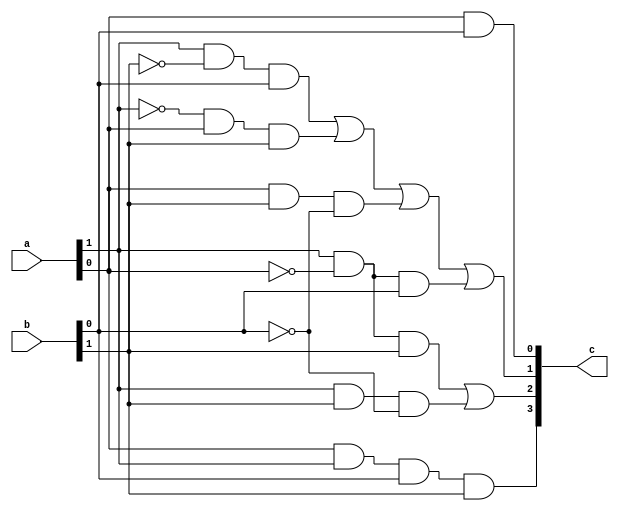
`timescale 1ns/1ns
module two_mult(input [1:0]a ,input [1:0]b , output [3:0]c);
  
  wire a0,a1,b0,b1,i,j,k,l,m,n;
  
  and and1(c[0],a[0],b[0]);
  
  not inv1(a0, a[0]);
  not inv2(a1, a[1]);
  not inv3(b0, b[0]);
  not inv4(b1, b[1]);
  and and2(i, a[1],b1,b[0]);
  and and3(j, a1,a[0],b[1]);
  and and4(k, a[0],b[1],b0);
  and and5(l, a[1],a0,b[0]);
  or or1(c[1],i,j,k,l);
  
  and and6(m,a[1],a0,b[1]);
  and and7(n,a[1],b[1],b0);
  or or2(c[2],m,n);
  
  and and8(c[3],a[0],a[1],b[0],b[1]);
  
endmodule